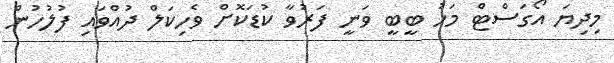
މިދިޔަ އޯގަސްޓް މަހު ބީބީ ވަނީ ފަރުވާ ކުޑަކޮށް ވެހިކަލް ދުއްވައި ފުލުހުން